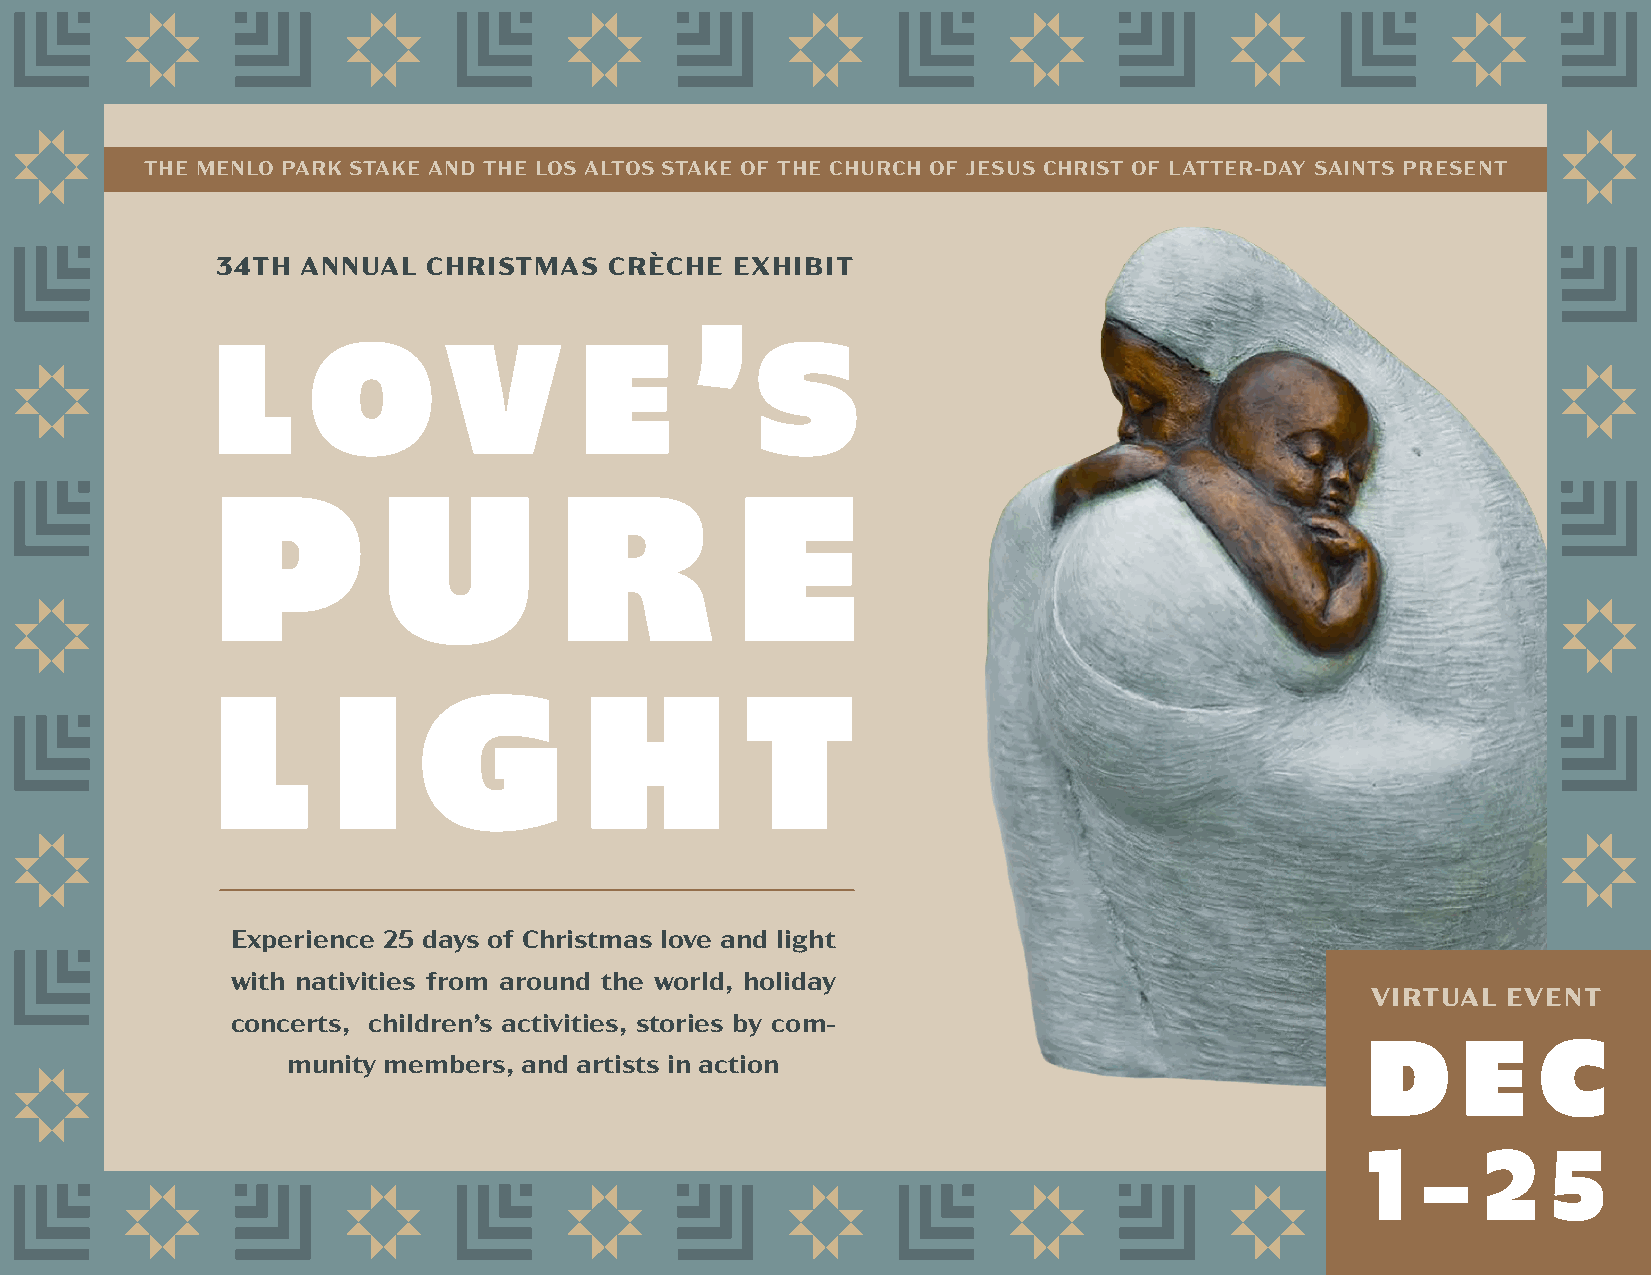
THE MENLO PARK STAKE AND THE LOS ALTOS STAKE OF THE CHURCH OF JESUS CHRIST OF LATTER-DAY SAINTS PRESENT
 34TH  ANNUAL  CHRISTMAS   CRÈCHE   EXHIBIT
 L     O        V        E       ’S
 P          U           R           E
 L       I     G          H         T
 Experience 25 days of Christmas love and light
 with nativities from around the world, holiday
 VIRTUAL  EVENT
 concerts, children’s activities, stories by com-
 D      E    C
 munity members, and artists in action
 1   –   2    5